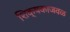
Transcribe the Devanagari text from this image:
शिक्षकाजवळ